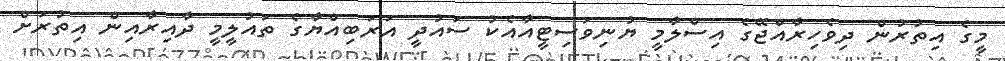
މީގެ އިތުރުން ދިވެހިރާއްޖޭގެ އިސްލާމީ ޔުނިވަސިޓީއާއެކު ސައުދީ އަރަބިއްޔާގެ ތައުލީމީ ދާއިރާއިން އިތުރަށް